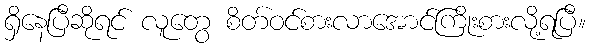
ရှိနေပြီဆိုရင် လူတွေ စိတ်ဝင်စားလာအောင်ကြိုးစားလို့ရပြီ။